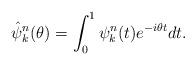
LaTeX: \begin{align*}\hat\psi^n_k(\theta)=\int_{0}^1\psi^n_k(t)e^{-i\theta t} dt.\end{align*}